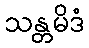
သန္တမိဒံ